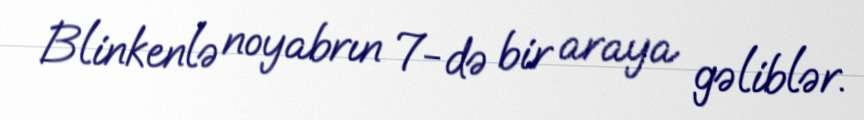
Blinkenlə noyabrın 7-də bir araya gəliblər.